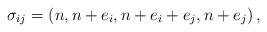
LaTeX: \begin{align*}\sigma_{ij}=\left(n,n+e_{i},n+e_{i}+e_{j},n+e_{j}\right),\end{align*}